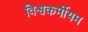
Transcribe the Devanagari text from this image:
विश्वकर्मीयम